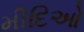
મીદિઓ